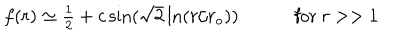
\begin{array} { c c } { { f ( r ) \simeq \textstyle { \frac { 1 } { 2 } } + c \sin ( \sqrt { 2 } \ln ( r / r _ { \mathrm { { o } } } ) ) ~ } } & { { ~ \mathrm { f o r } ~ r > > 1 } } \\ \end{array}